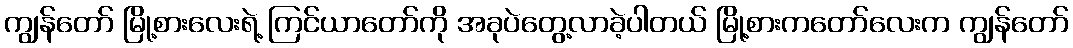
ကျွန်တော် မြို့စားလေးရဲ့ ကြင်ယာတော်ကို အခုပဲတွေ့လာခဲ့ပါတယ် မြို့စားကတော်လေးက ကျွန်တော်